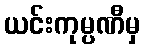
ယင်းကုမ္ပဏီမှ